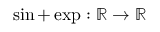
\sin + \exp : \mathbb { R } \to \mathbb { R }